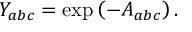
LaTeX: Y _ { a b c } = \exp \left( - A _ { a b c } \right) .